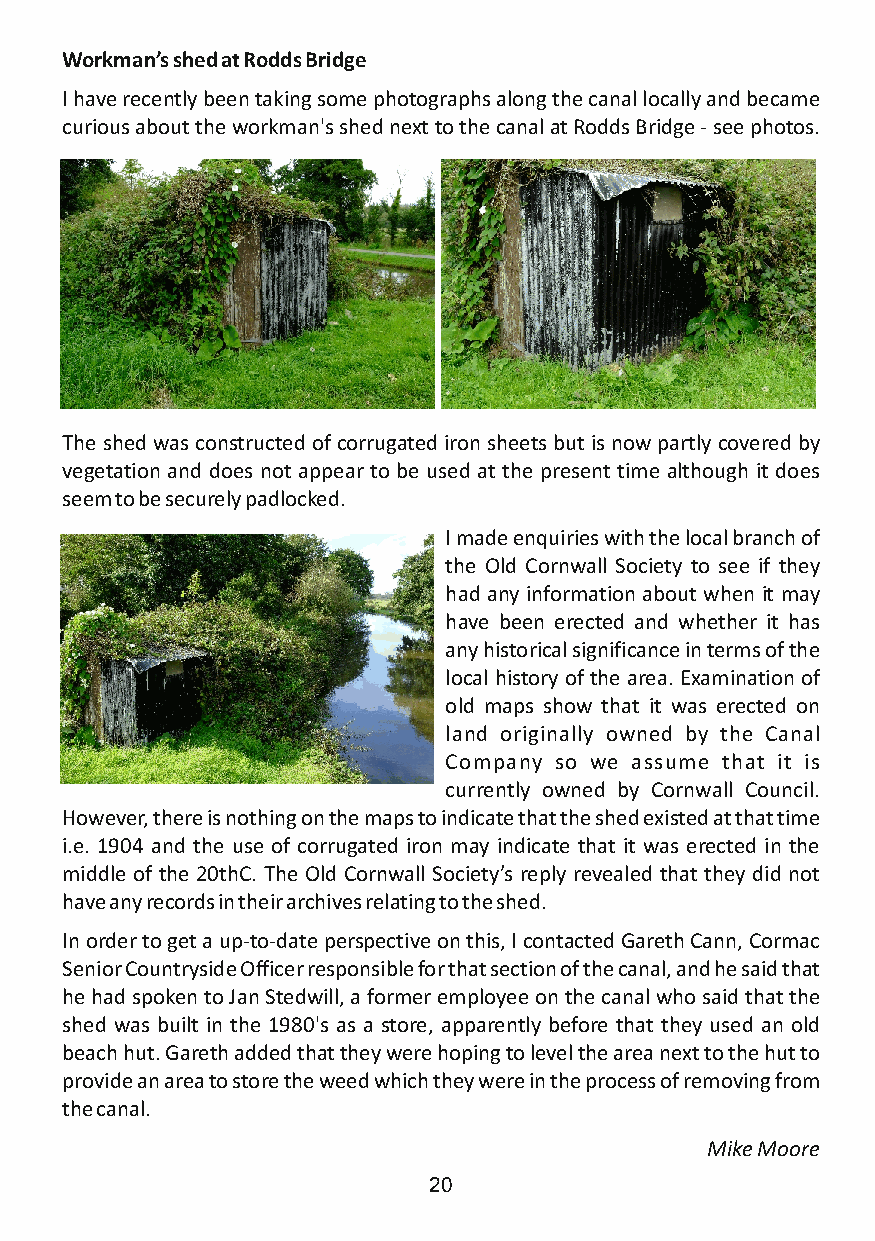
Workman’s shed at Rodds Bridge
 I have recently been taking some photographs along the canal locally and became
 curious about the workman's shed next to the canal at Rodds Bridge - see photos.
 The shed was constructed of corrugated iron sheets but is now partly covered by
 vegetation and does not appear to be used at the present time although it does
 seem to be securely padlocked.
 I made enquiries with the local branch of
 the Old Cornwall Society to see if they
 had any information about when it may
 have been erected and whether it has
 any historical significance in terms of the
 local history of the area. Examination of
 old maps show that it was erected on
 land originally owned by the Canal
 Company so we assume that it is
 currently owned by Cornwall Council.
 However, there is nothing on the maps to indicate that the shed existed at that time
 i.e. 1904 and the use of corrugated iron may indicate that it was erected in the
 middle of the 20thC. The Old Cornwall Society’s reply revealed that they did not
 have any records in their archives relating to the shed.
 In order to get a up-to-date perspective on this, I contacted Gareth Cann, Cormac
 Senior Countryside Officer responsible for that section of the canal, and he said that
 he had spoken to Jan Stedwill, a former employee on the canal who said that the
 shed was built in the 1980's as a store, apparently before that they used an old
 beach hut. Gareth added that they were hoping to level the area next to the hut to
 provide an area to store the weed which they were in the process of removing from
 the canal.
 Mike Moore
 20